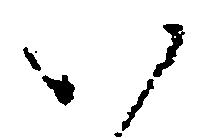
い